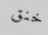
خنق